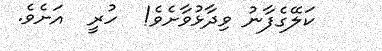
ކަލޭގެފާނު ވިދާޅުވާށެވެ!  ހުރީ  އަށެވެ.